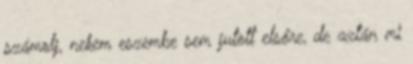
számolj, nekem eszembe sem jutott elsőre, de aztán mi